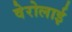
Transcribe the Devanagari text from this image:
वेरोलाई